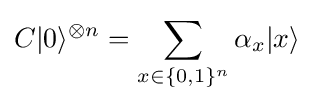
C|0\rangle ^{\otimes n}=\sum _{x\in \{0,1\}^{n}}\alpha _{x}|x\rangle